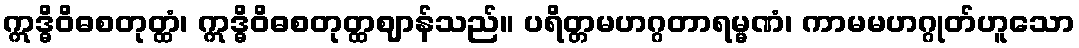
ဣဒ္ဓိဝိဓစတုတ္ထံ၊ ဣဒ္ဓိဝိဓစတုတ္ထဈာန်သည်။ ပရိတ္တမဟဂ္ဂတာရမ္မဏံ၊ ကာမမဟဂ္ဂုတ်ဟူသော